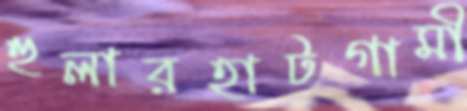
হুলারহাটগামী